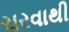
ચરવાથી